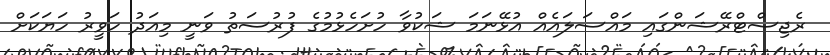
ރެޖިސްޓްރޭޝަންގައި މައްސަލައެއް އުޅޭނަމަ ޝަކުވާ ހުށަހެޅުމުގެ ފުރުސަތު ވަނީ މިއަދު ހަވީރު ހަޔަކަށް